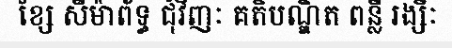
ខ្សែ សីម៉ាព័ទ្ធ ជុំវិញៈ គតិបណ្ឌិត ពន្លឺ រង្សីៈ